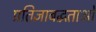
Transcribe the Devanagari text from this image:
प्रतिज्ञाबद्धताओं